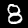
Label: 8